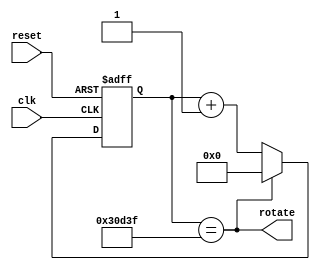
`timescale 1ns / 1ps
//////////////////////////////////////////////////////////////////////////////////
// Company: 
// Engineer: 
// 
// Design Name: 
// Module Name: rotator
// Project Name: 
// Target Devices: 
// Tool Versions: 
// Description: 
// 
// Dependencies: 
// 
// Revision:
// Revision 0.01 - File Created
// Additional Comments:
// 
//////////////////////////////////////////////////////////////////////////////////

// include tick...
module rotator(clk, reset, rotate);
input clk, reset;
output rotate;

reg [17:0] counter;

// we need at least 18 bits since 2^18 fills in how many clocks we need
//rotator shifter
assign rotate = (counter == 18'd199_999); 


//rotator shifter for anode
always@(posedge clk, posedge reset)
    if(reset) counter <= 18'b0; else
    if(rotate) counter <= 18'b0;
    else counter <= counter + 18'b1;
    
    
// mux selector


    
endmodule